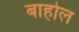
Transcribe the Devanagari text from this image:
बाहोल